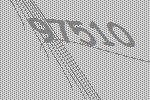
97510